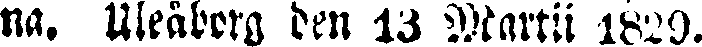
na. Uleåborg den 13 Martii 1829.